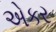
એકર